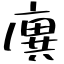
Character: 廙